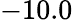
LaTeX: -10.0